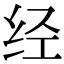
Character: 经